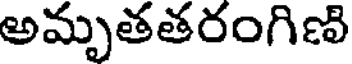
అమృతతరంగిణి